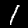
Digit: 1